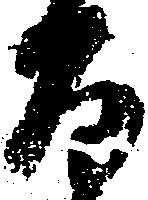
百